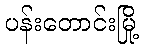
ပန်းတောင်းမြို့